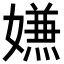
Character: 𭒡